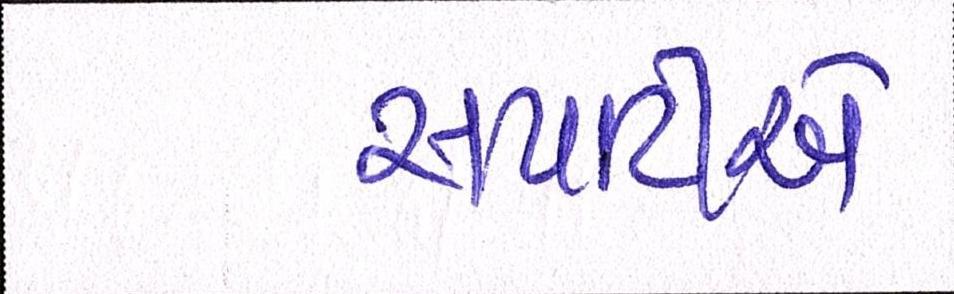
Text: સપાટીએ